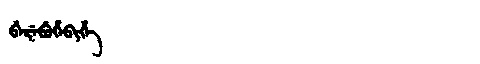
Manchu: ᠪᡝᡵᡝᠪᡠᡥᡝᠪᡳᡥᡝ
Romanization: BEREBUHEBIHE